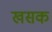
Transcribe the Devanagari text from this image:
खसक